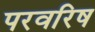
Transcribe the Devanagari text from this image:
परवरिष